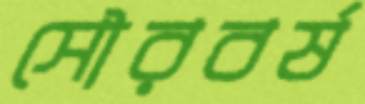
সৌরবর্ষ